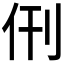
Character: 𬽰